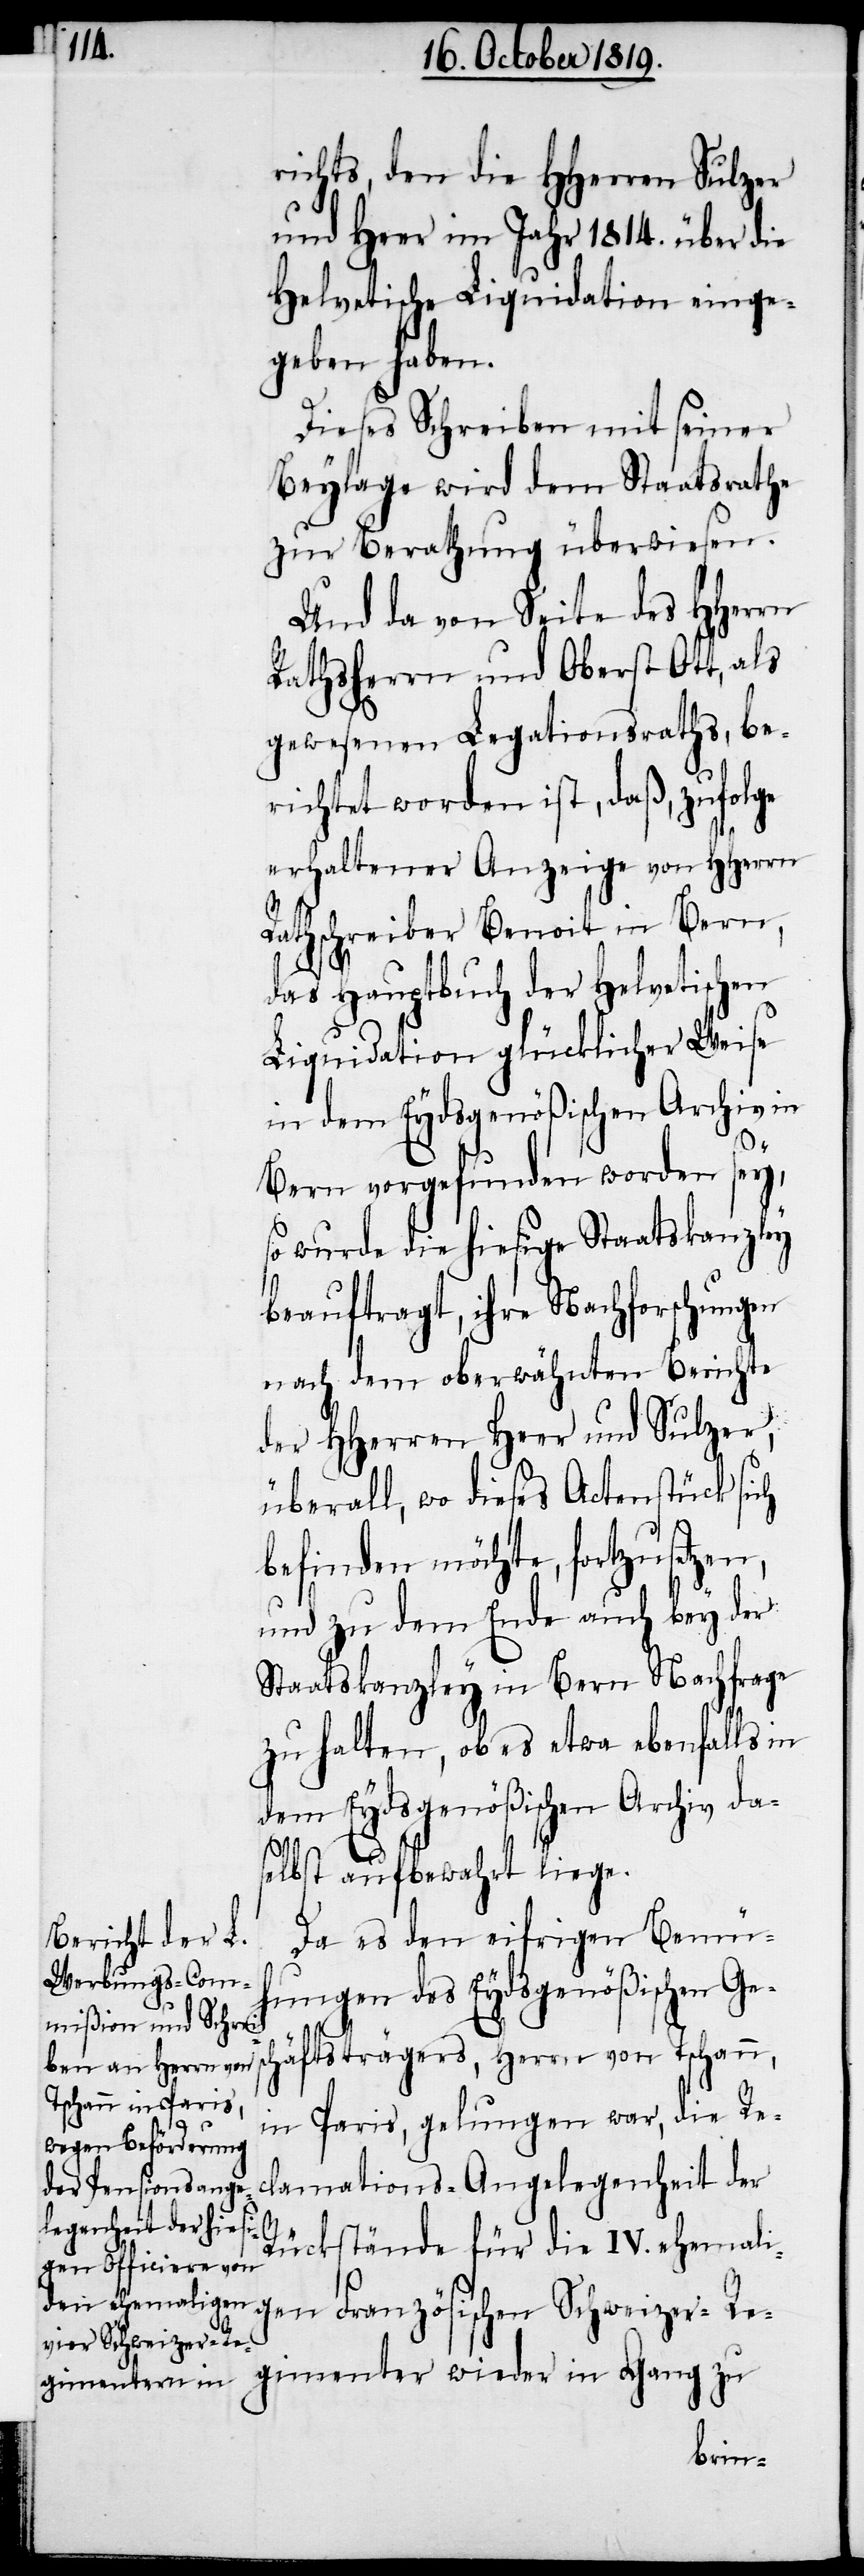
richts, den die HHerren Sulzer
und Heer im Jahr 1814. über die
Helvetische Liquidation eing¬
eben haben.
Dieses Schreiben mit seiner
Beylage wird dem Staatsrathe
zur Berathung überwiesen.
Und da von Seite des HHerrn
Rathsherrn und Oberst Ott, als
gewesenen Legationsraths, be¬
richtet worden ist, daß, zufolge
erhaltener Anzeige von HHerrn
Rathschreiber Benoit in Bern,
das Hauptbuch der Helvetischen
Liquidation glücklicher Weise
in dem Eydsgenößischen Archiv in
Bern vorgefunden worden sey,
so wurde die hiesige Staatskanzley
beauftragt, ihre Nachforschungen
nach dem oberwähnten Berichte
der HHerren Heer und Sulzer,
überall, wo dieses Actenstück sich
befinden möchte, fortzusetzen,
und zu dem Ende auch bey der
Staatskanzley in Bern Nachfrage
zu halten, ob es etwa ebenfalls in
dem Eydsgenößischen Archiv das¬
elbst aufbewahrt liege.
Da es den eifrigen Bemü¬
hungen des Eydsgenößischen Ges¬
chäftsträgers, Herrn von Tschann,
in Paris, gelungen war, die Re¬
clamations-Angelegenheit der
Rückstände für die IV. ehemali¬
gen Französischen Schweizer-Re¬
gimenter wieder in Gang zu